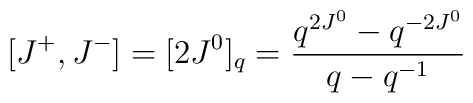
[J^{+}, J^{-}] = [2J^{0}]_{q} = \frac {q^{2J^{0}}- q^{-2J^{0}}} {q-q^{-1}}